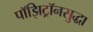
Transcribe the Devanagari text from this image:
पॉझिट्रॉनसुद्धा